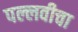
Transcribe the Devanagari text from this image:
पल्लवीचा